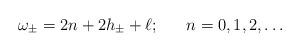
LaTeX: \begin{align*}\omega_\pm = 2n + 2h_\pm + \ell;~~~~~ n=0,1,2,\ldots\end{align*}